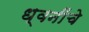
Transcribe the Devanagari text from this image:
ध्वनींचे